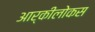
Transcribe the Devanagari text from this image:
आर्कीलोकस